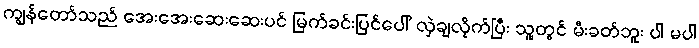
ကျွန်တော်သည် အေးအေးဆေးဆေးပင် မြက်ခင်းပြင်ပေါ် လှဲချလိုက်ပြီး သူ့တွင် မီးခတ်ဘူး ပါ မပါ